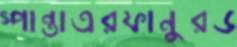
স্পান্তাএরফানুরড